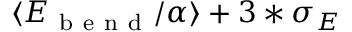
\langle E _ { \mathrm { ~ b ~ e ~ n ~ d ~ } } / \alpha \rangle + 3 * \sigma _ { E }